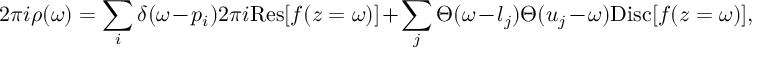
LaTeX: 2 \pi i \rho ( \omega ) = \sum _ { i } \delta ( \omega - p _ { i } ) 2 \pi i \mathrm { R e s } [ f ( z = \omega ) ] + \sum _ { j } \Theta ( \omega - l _ { j } ) \Theta ( u _ { j } - \omega ) \mathrm { D i s c } [ f ( z = \omega ) ] ,